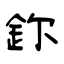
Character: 鉨